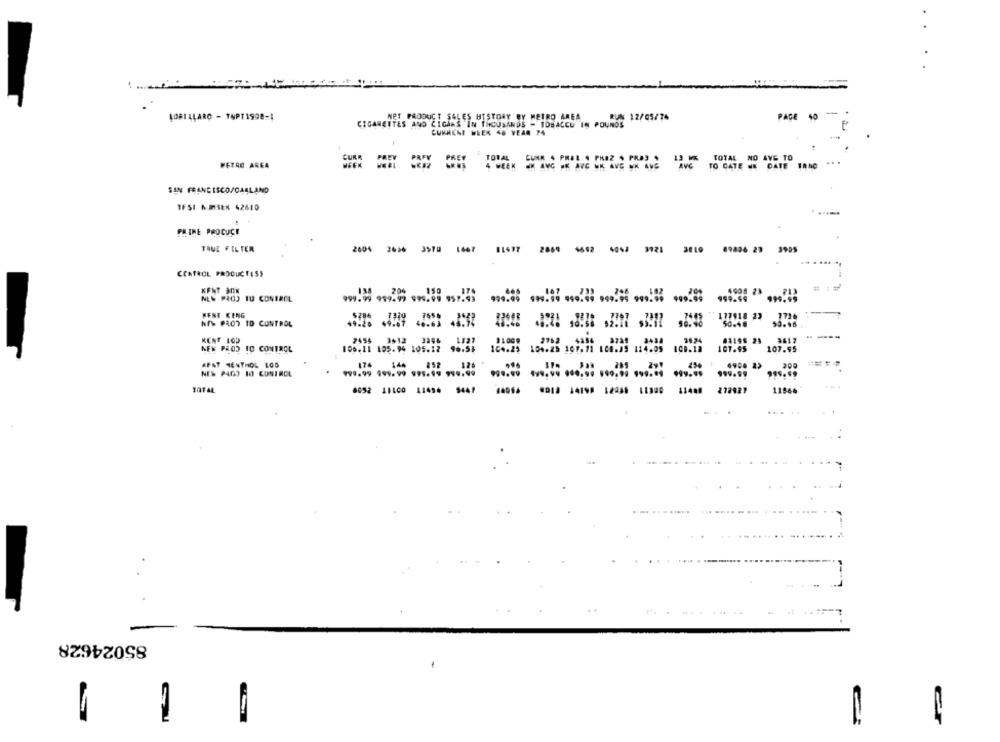
LORI LLARO - TUPTI908-4
NET PRODUCT SALES HISTORY BY METRO AREA
RUN 12/05/74
PAGE 40
-
CIGARETTES AND CIGARS IN THOUSANDS - TOBACCO IN POUNDS
CURRENT WEEK 48 VEAR 74
CURR
TOTAL CUKR 4 PHEL . PHEZ S PROS
13 WK TOTAL NO AVG TO
...
PETRO AREA
4 WEEK K AVG JE AVC WK AVG WK AUS
AVG
TO CATE WE DATE TRNO
SAN FRANCISCO/OAKLAND
IFST N.MSER 42610
PR INE PROCUCI
TRUE FILTER
2004 3636 3578 1667 81477 2869 4642 4047 3921
89806 29 3995
CONTROL PRODUCTESS
999.49
4908 23
NEC PROJ TU CONTROL
999.99 999.99 999.99 95 !!!
WENT KENG
117918 23
hf> PROT ID CONTROL
50.48
--
KENT 103
7455
3512
11009
2762 4354
38.24
41196 23
3417
NEW PROD TO CONTROL
106.11 105.94 105.12
104.25
104-25 107.71 108.85 114.05
1CB.18
107.95
107.95
AFAT MENTHOL LOS
174
252
126
NEW P409 10 CONTROL
144
999.99 999.99 999.99 999.99
9.9.99
JAFAL
8052 11100 11496 5447
272927
11860
.....
85024628